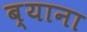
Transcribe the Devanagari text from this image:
ब्याना